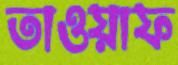
তাওয়াফ